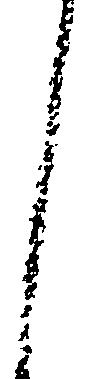
く